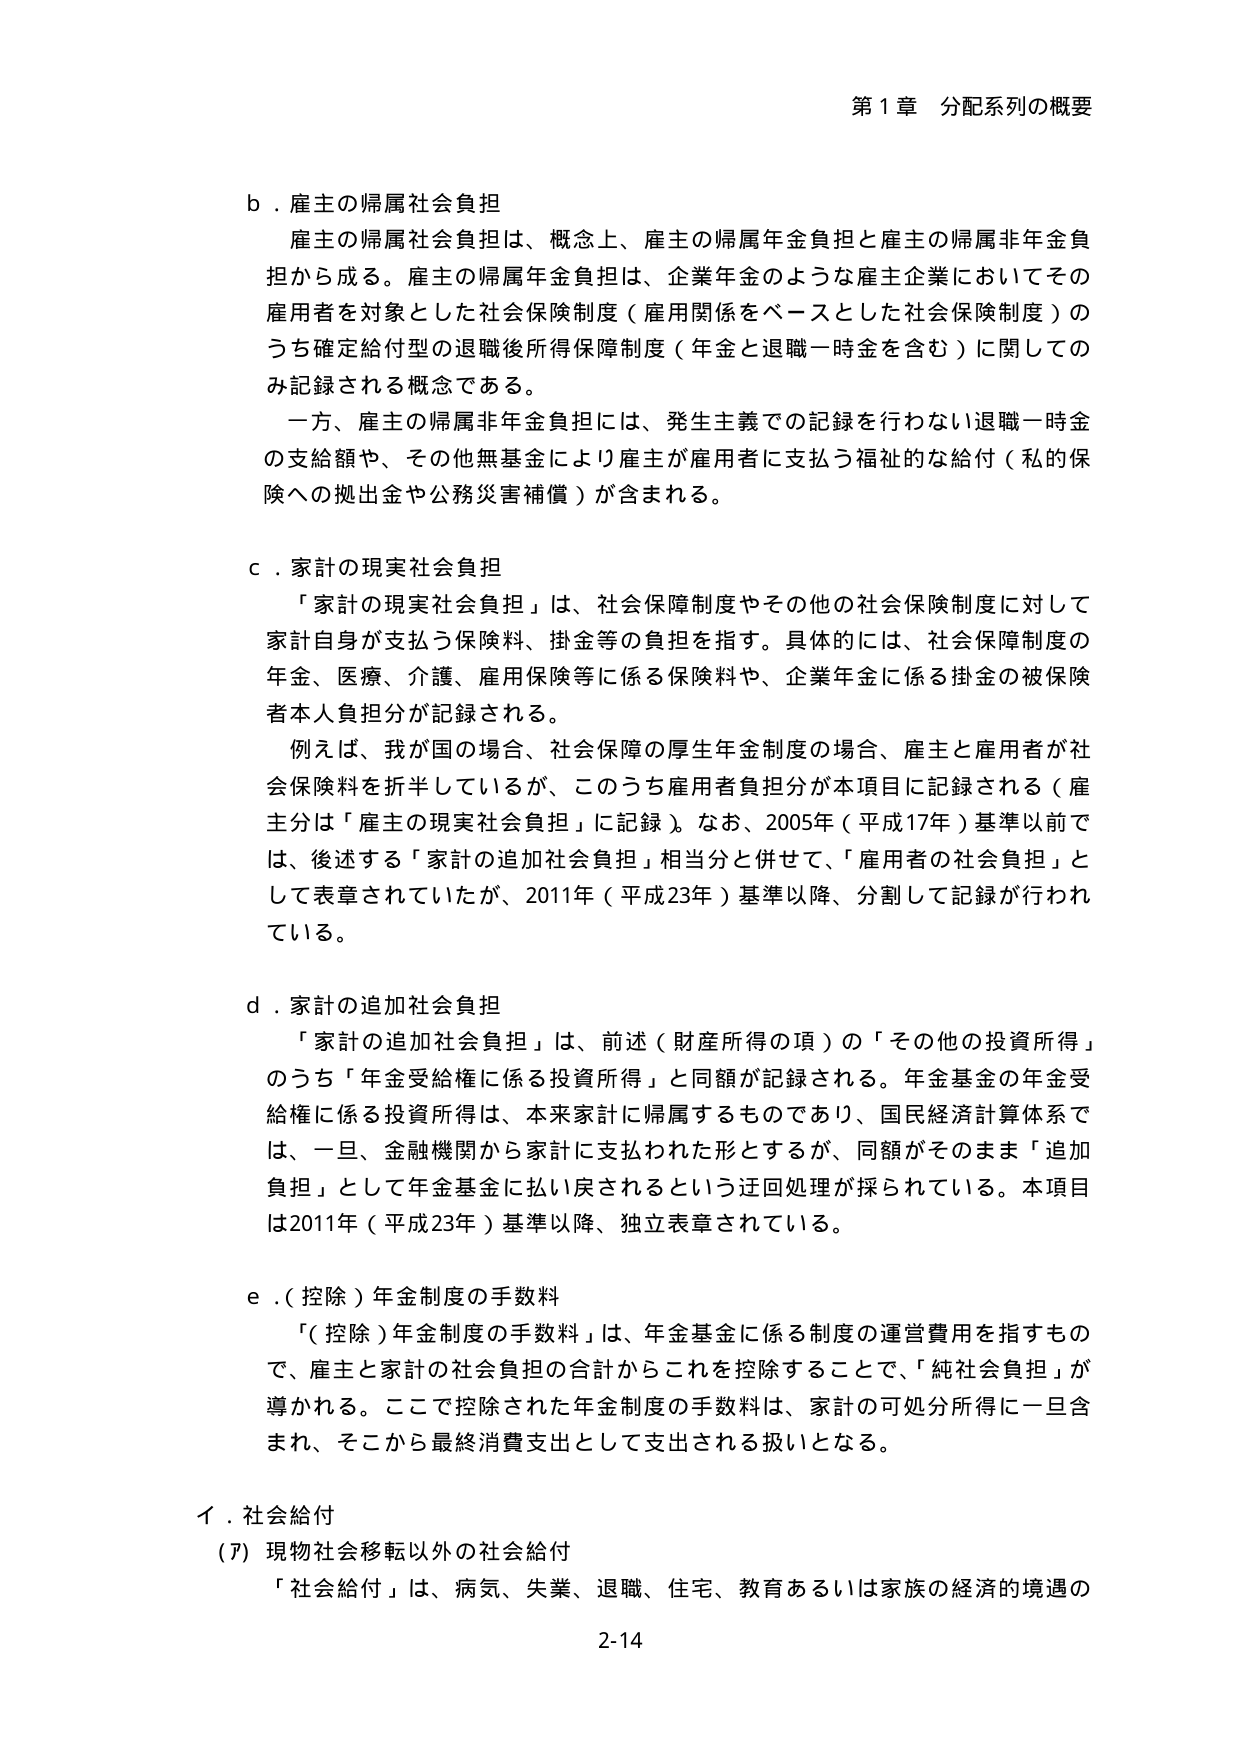
第1章 分配系列の概要

b．雇主の帰属社会負担
雇主の帰属社会負担は、概念上、雇主の帰属年金負担と雇主の帰属非年金負担から成る。雇主の帰属年金負担は、企業年金のような雇主企業においてその雇用者を対象とした社会保険制度（雇用関係をベースとした社会保険制度）のうち確定給付型の退職後所得保障制度（年金と退職一時金を含む）に関してのみ記録される概念である。
一方、雇主の帰属非年金負担には、発生主義での記録を行わない退職一時金の支給額や、その他無基金により雇主が雇用者に支払う福祉的な給付（私的保険への拠出金や公務災害補償）が含まれる。

c．家計の現実社会負担
「家計の現実社会負担」は、社会保障制度やその他の社会保険制度に対して家計自身が支払う保険料、掛金等の負担を指す。具体的には、社会保障制度の年金、医療、介護、雇用保険等に係る保険料や、企業年金に係る掛金の被保険者本人負担分が記録される。
例えば、我が国の場合、社会保障の厚生年金制度の場合、雇主と雇用者が社会保険料を折半しているが、このうち雇用者負担分が本項目に記録される（雇主分は「雇主の現実社会負担」に記録）。なお、2005年（平成17年）基準以前では、後述する「家計の追加社会負担」相当分と併せて、「雇用者の社会負担」として表章されていたが、2011年（平成23年）基準以降、分割して記録が行われている。

d．家計の追加社会負担
「家計の追加社会負担」は、前述（財産所得の項）の「その他の投資所得」のうち「年金受給権に係る投資所得」と同額が記録される。年金基金の年金受給権に係る投資所得は、本来家計に帰属するものであり、国民経済計算体系では、一旦、金融機関から家計に支払われた形とするが、同額がそのまま「追加負担」として年金基金に払い戻されるという迂回処理が採られている。本項目は2011年（平成23年）基準以降、独立表章されている。

e．（控除）年金制度の手数料
「（控除）年金制度の手数料」は、年金基金に係る制度の運営費用を指すもので、雇主と家計の社会負担の合計からこれを控除することで、「純社会負担」が導かれる。ここで控除された年金制度の手数料は、家計の可処分所得に一旦含まれ、そこから最終消費支出として支出される扱いとなる。

イ．社会給付
（7）現物社会移転以外の社会給付
「社会給付」は、病気、失業、退職、住宅、教育あるいは家族の経済的境遇の

2-14